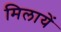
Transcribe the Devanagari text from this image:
मिलायें